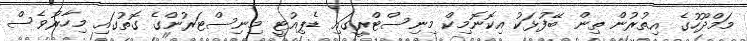
މަމްދޫހުގެ އިތުރުން ތިން ބޭފުޅަކު އިކޮނޮމިކް މިނިސްޓްރީގައި ޑެޕިއުޓީ މިނިސްޓަރުންގެ ގޮތުގައި މިހާރުވެސް